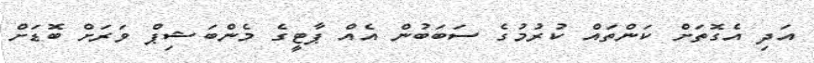
އަދި އެގޮތަށް ކަންތައް ކުރުމުގެ ސަބަބުން އެއް ޕާޓީގެ މެންބަޝިޕް ވަރަށް ބޮޑަށް